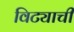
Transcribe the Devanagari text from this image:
विट्याची